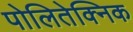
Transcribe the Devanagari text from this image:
पोलितेक्निक